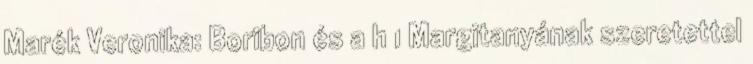
Marék Veronika: Boribon és a h 1 Margitanyának szeretettel